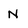
Character: N